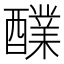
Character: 𮡅